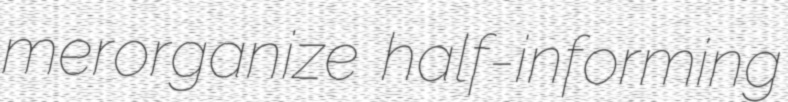
merorganize half-informing